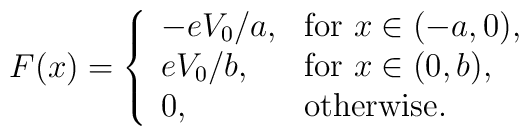
F(x)=\left\{\begin{array}{ll}-{eV_0/a},&\mbox{for $x\in(-a,0)$},\\{eV_0/b},&\mbox{for $x\in(0,b)$},\\0, &\mbox{otherwise}.\end{array}\right.